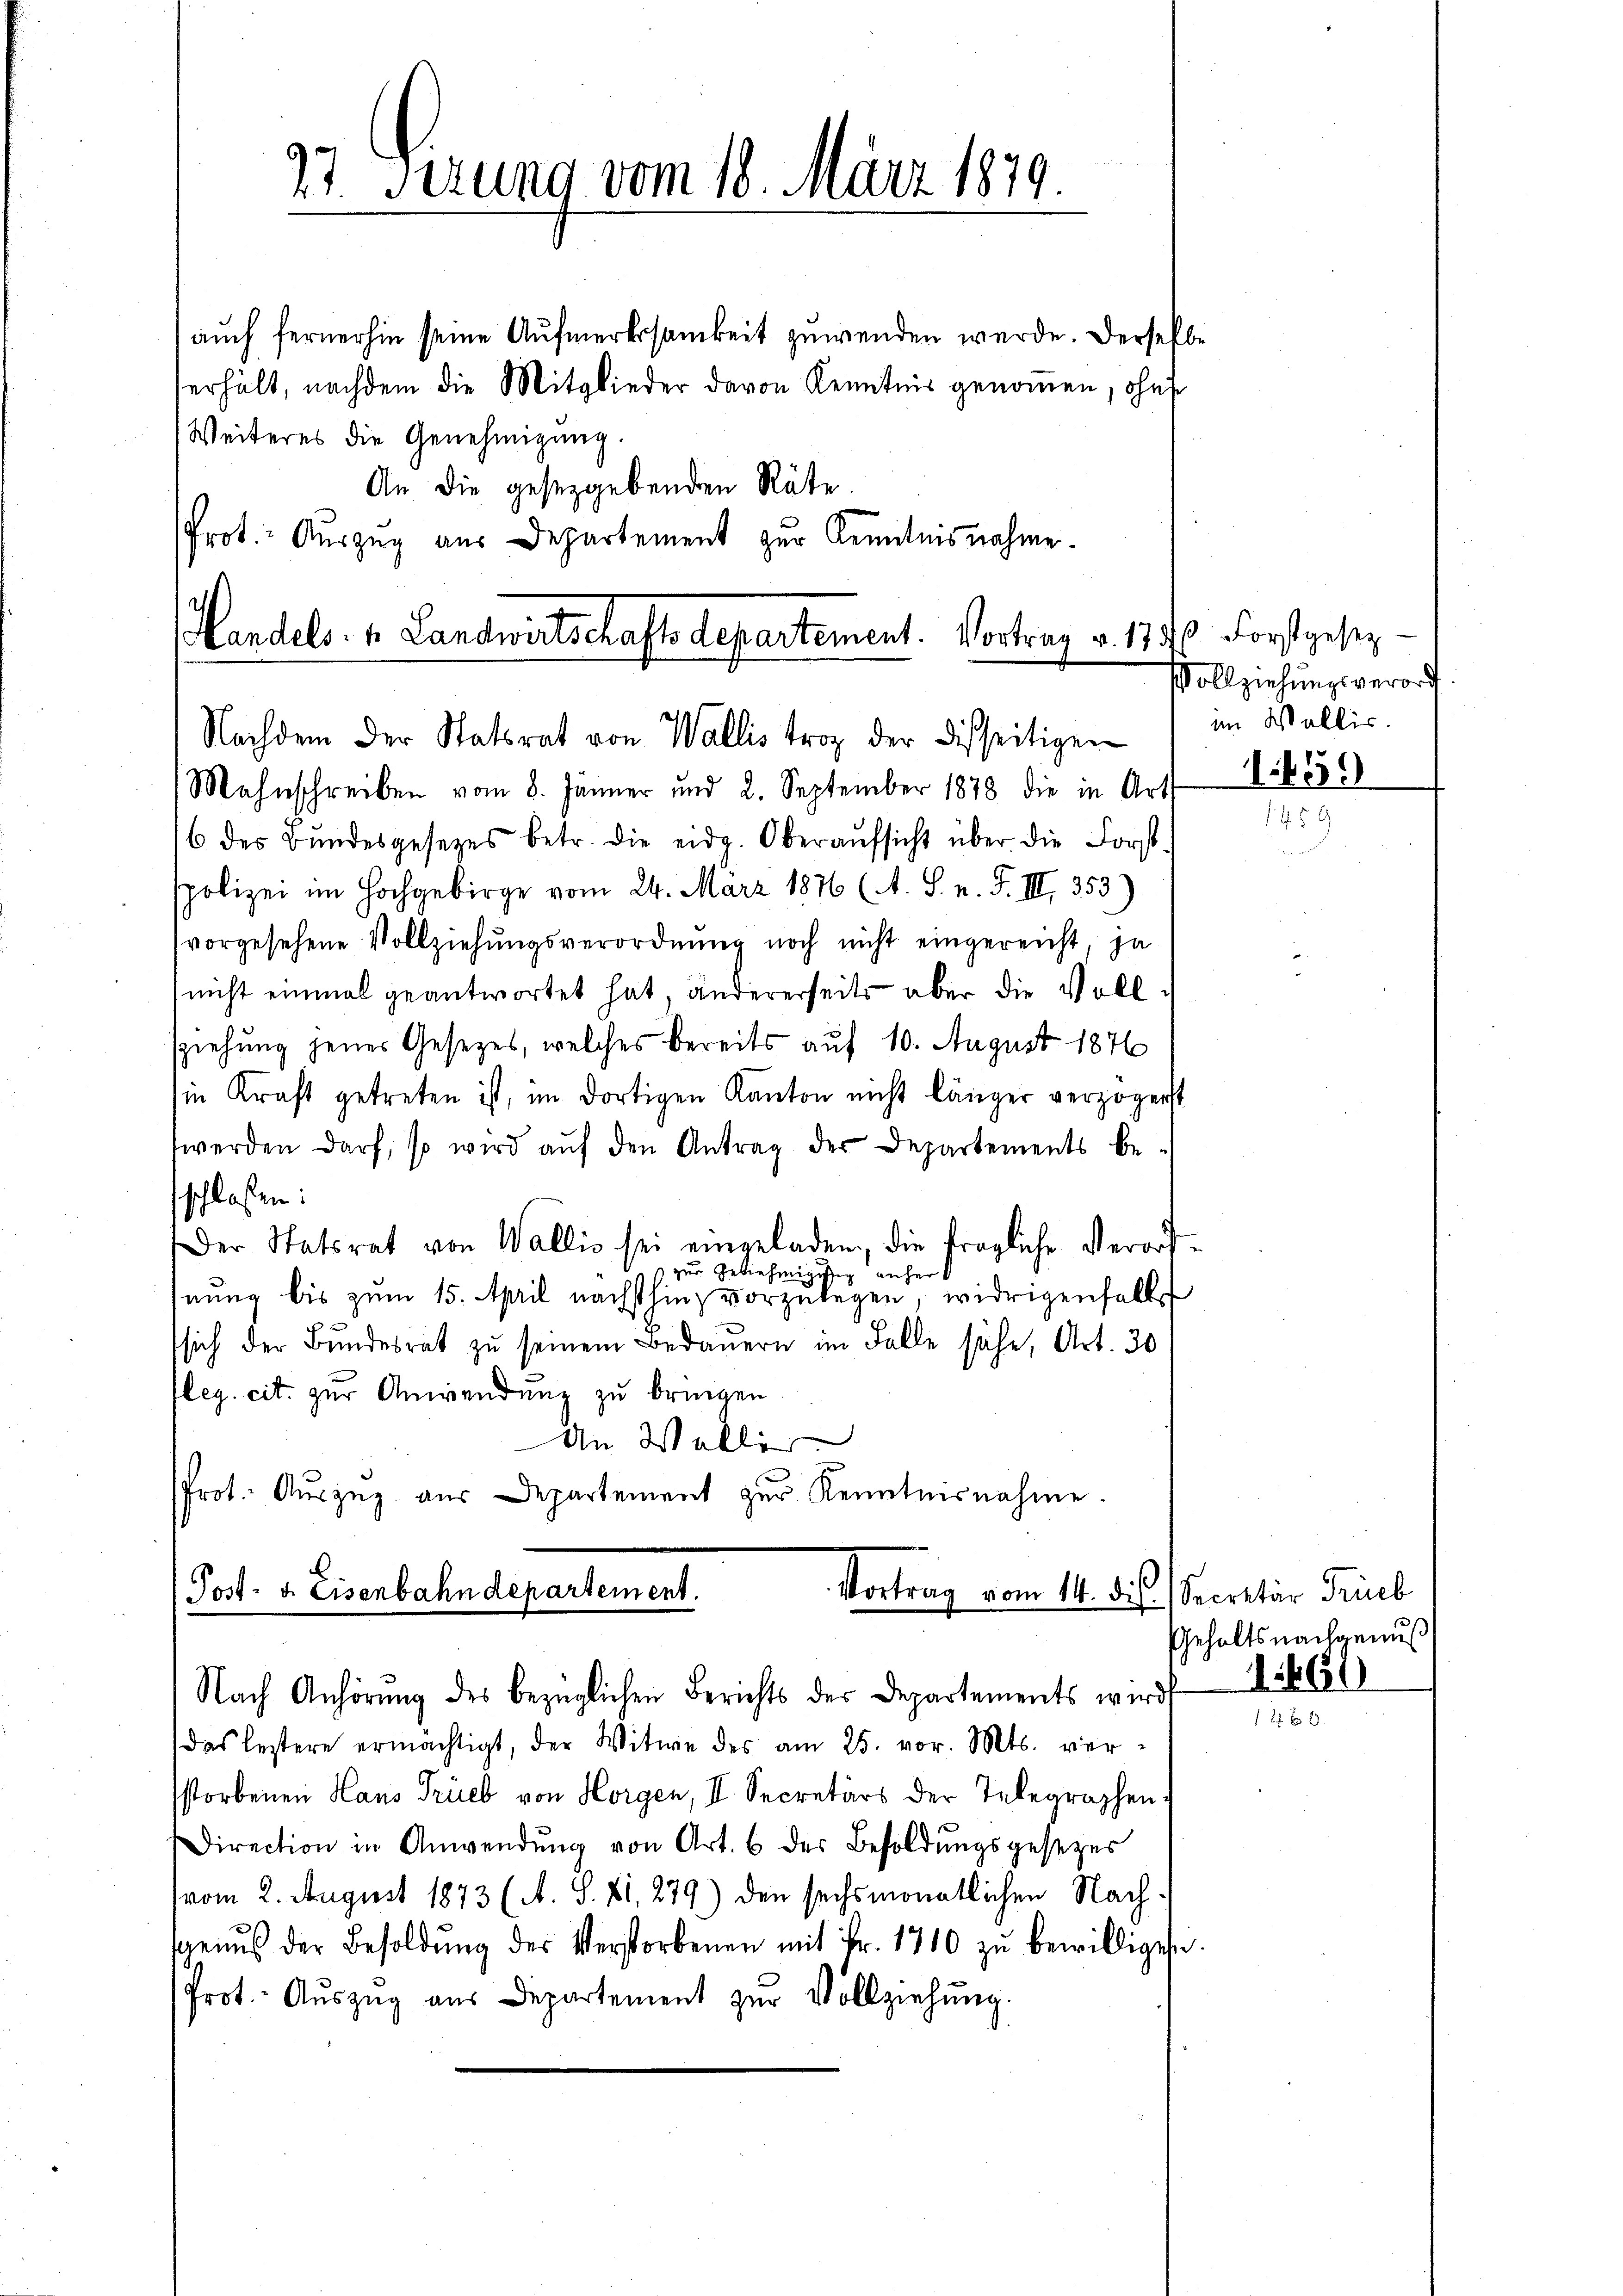
auch fernerhin seine Aufmerksamkeit gewenden werde. Derselb
verhält, nachdem die Mitglieder davon Kenntnis genoṁen, ohne
Weiteres die Genehmigung.
An die gesetzgebenden Räte.
Prot. Auszug aus Departement zur Kenntnisnahme.
Nachdem der Statsrat von Wallis trag der disseitigen
Mahnschreiben vom 8. Jänner und 2. September 1878 die in Art I 456)
6 des Bundesgesetzes betr. die eidg. Oberaŭfsicht über die Forst-
spolizei im Hochgebirge vom 24. März 1876 (A. S. n. F. III 353)
vorgesehene Vollziehŭngsverordnŭng noch nicht eingereicht, ja
nicht einmal geantwortet hat, andererseits aber die Vollsziehung jener Gesetzes, welches bereits auf 10. August 1876
in Kraft getreten ist, im dortigen Kanton nicht länger verzögenst
werden darf, so wird aŭf den Antrag der Departements be-
schlossen:
Der Statsrat von Wallis sei eingeladen, die fragliche Verord¬
 zur Genehmigung anher
hnung bis zum 15. April nächsthin vorzulegen, widrigenselbs
sich der Bundesrat zu seinem Bedauern im Falle sähe, Art. 30
leg. cit. zur Anwendung zu bringen
An Waller
Prot. Auszug aus Departement zur Kenntnisnahme.
Post- u. Eisenbahndepartement.
Vortrag vom 14. des Secretär Trieb

27 Sitzung vom 18. März 1879

Handels. 1. Landwirtschafts Departement. Vortrag v. 1796. Forstgesez¬

Nach Anhörung des bezüglichen Berichts der Departements wird
das leztere ermächtigt, der Witwe des am 25. vor. Mts. ver-
storbenen Hans Trieb von Horgen, II. Secretärs der Telegraphen¬
Direction in Anwendŭng von Art. 6 der Besoldŭngsgesezes
(vom 2. August 1873 (A. S. 41, 279) den sechsmonatlichen Nach
genŭs der Besoldŭng der Verstorbenen mit Fr. 1710 zŭ bewilligen
Prot. Aŭszŭg aŭs Departement zŭr Vollziehŭng.

de

VVollziehungsverord.
im Wallis.

Gehalts nachgenuß

1461